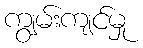
ကျွမ်းကျင်မှု